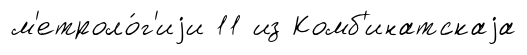
м'етроло́г'иjи 11 из Комб'инатскаjа